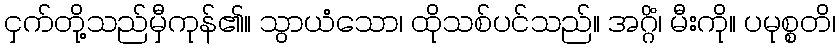
ငှက်တို့သည်မှီကုန်၏။ သွာယံသော၊ ထိုသစ်ပင်သည်။ အဂ္ဂိံ၊ မီးကို။ ပမုစ္စတိ၊